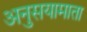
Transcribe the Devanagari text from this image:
अनुसयामाता